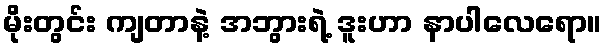
မိုးတွင်း ကျတာနဲ့ အဘွားရဲ့ ဒူးဟာ နာပါလေရော။